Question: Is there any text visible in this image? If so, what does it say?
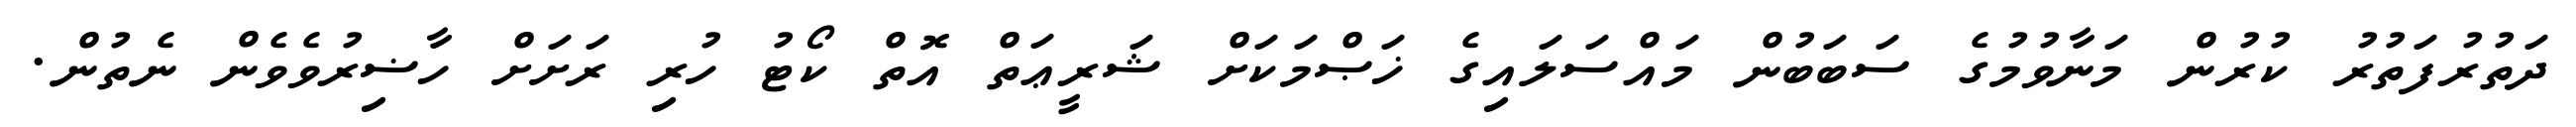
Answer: ދަތުރުފަތުރު ކުރުން މަނާވުމުގެ ސަބަބުން މައްސަލައިގެ ޚަޞްމަކަށް ޝަރީޢަތް އޮތް ކޯޓު ހުރި ރަށަށް ހާޟިރުވެވެން ނެތުން.